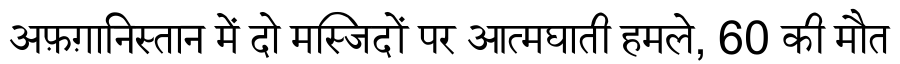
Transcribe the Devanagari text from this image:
अफ़ग़ानिस्तान में दो मस्जिदों पर आत्मघाती हमले, 60 की मौत